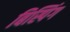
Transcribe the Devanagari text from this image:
बिस्पिंग